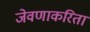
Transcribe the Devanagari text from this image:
जेवणाकरिता